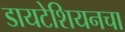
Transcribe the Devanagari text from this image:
डायटेशियनचा